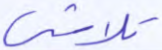
تلاشي